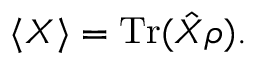
\langle X \rangle = \operatorname { T r } ( { \hat { X } } \rho ) .